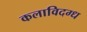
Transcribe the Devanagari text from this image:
कलाविदग्ध